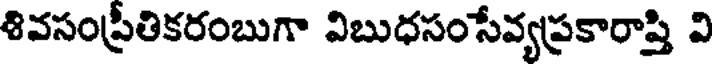
శివసంప్రీతికరంబుగా విబుధసంసేవ్యప్రకారాప్తి వి